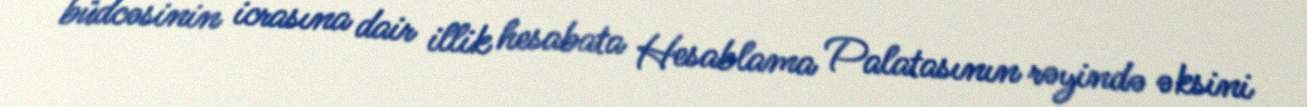
büdcəsinin icrasına dair illik hesabata Hesablama Palatasının rəyində əksini